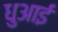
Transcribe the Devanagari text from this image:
धुआई